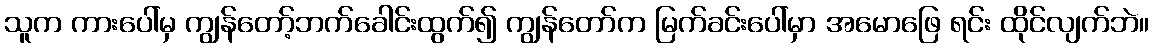
သူက ကားပေါ်မှ ကျွန်တော့်ဘက်ခေါင်းထွက်၍ ကျွန်တော်က မြက်ခင်းပေါ်မှာ အမောဖြေ ရင်း ထိုင်လျက်ဘဲ။